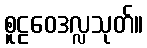
စူဠဝေဒလ္လသုတ်။